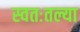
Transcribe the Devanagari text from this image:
स्वतःतल्या